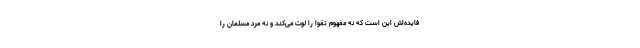
فایده‌اش این است که نه مفهوم تقوا را لوث می‌کند و نه مرد مسلمان را